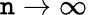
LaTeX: \mathtt{n}\rightarrow\infty